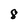
Character: 8